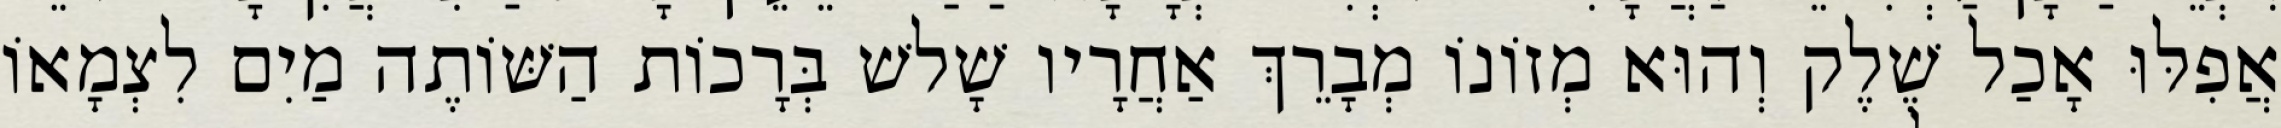
אֲפִלּוּ אָכַל שֶׁלֶק וְהוּא מְזוֹנוֹ מְבָרֵךְ אַחֲרָיו שָׁלשׁ בְּרָכוֹת הַשּׁוֹתֶה מַיִם לִצְמָאוֹ